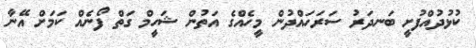
ކުޅުދުއްފުށީ ބަނދަރު ސަރަހައްދުން މީހެއްގެ އަތުން ޝަހީމް ގަތް ފޯނެއް ކަމަށް އޭނާ